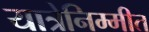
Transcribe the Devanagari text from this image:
यात्रेनिम्मीत